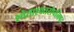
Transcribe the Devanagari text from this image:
श्वेताश्वतरोपनिषद